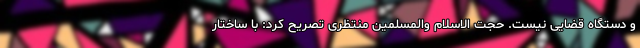
و دستگاه قضایی نیست. حجت الاسلام والمسلمین منتظری تصریح کرد: با ساختار